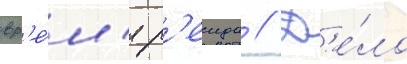
вр'е́м'я р'еида // Д'е́ло